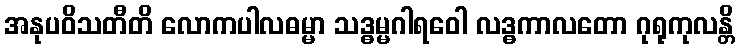
အနုပဝိသတီတိ လောကပါလဓမ္မာ သဒ္ဓမ္မဂါရဝေါ လဒ္ဓကာလတော ဂုရုကုလန္တိ